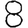
Digit: 8